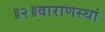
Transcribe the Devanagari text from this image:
॥२॥वाराणस्थां